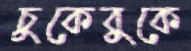
চুকেবুকে